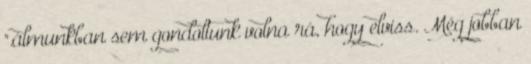
".álmunkban sem gondoltunk volna rá, hogy elviss. Még jobban